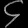
Digit: ၄